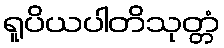
ရူပိယပါတိသုတ္တံ